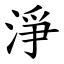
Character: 淨